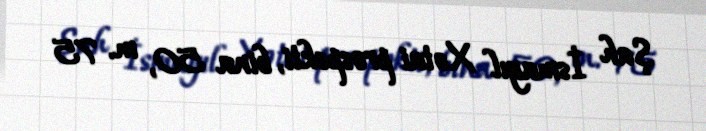
Şah İsmayıl Xətai prospekti, bina 50, m. 75